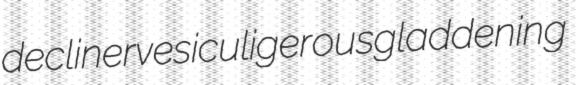
decliner vesiculigerous gladdening